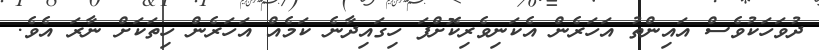
ދުވަހަކުވެސް އައިންތު އަހަރެން އެކަނިވެރިކޮށްފަ ހިގައިދާނެ ކަމެއް އަހަރެން ހިތަކަށް ނާރަ އެވެ.